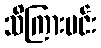
သိကြားမင်း